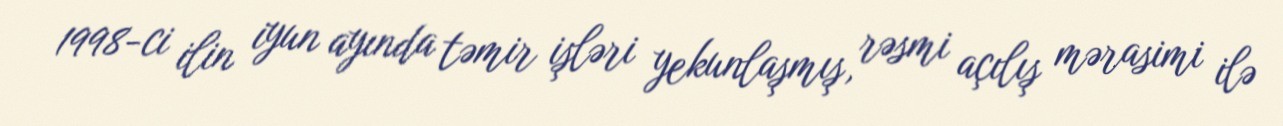
1998-ci ilin iyun ayında təmir işləri yekunlaşmış, rəsmi açılış mərasimi ilə